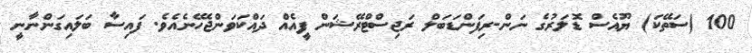
100 (ސަތޭކަ) ޔޫއެސް ޑޮލަރުގެ ނަން-ރިފަންޑަބަލް ރަޖިސްޓްރޭޝަން ފީއެއް ދައްކަވަންޖެހޭނެއެވެ. ފައިސާ ބަލައިގަންނާނީ